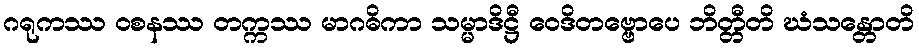
ဂရုကဿ ဝစနဿ တက္ကဿ မာဂဓိကာ သမ္မာဒိဋ္ဌီ ဝေဒိတဗ္ဗောပေ ဘိတ္တီတိ ဃံသန္တောတိ